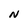
Character: N